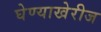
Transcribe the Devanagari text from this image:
घेण्याखेरीज